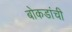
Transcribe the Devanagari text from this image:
बोकडांची